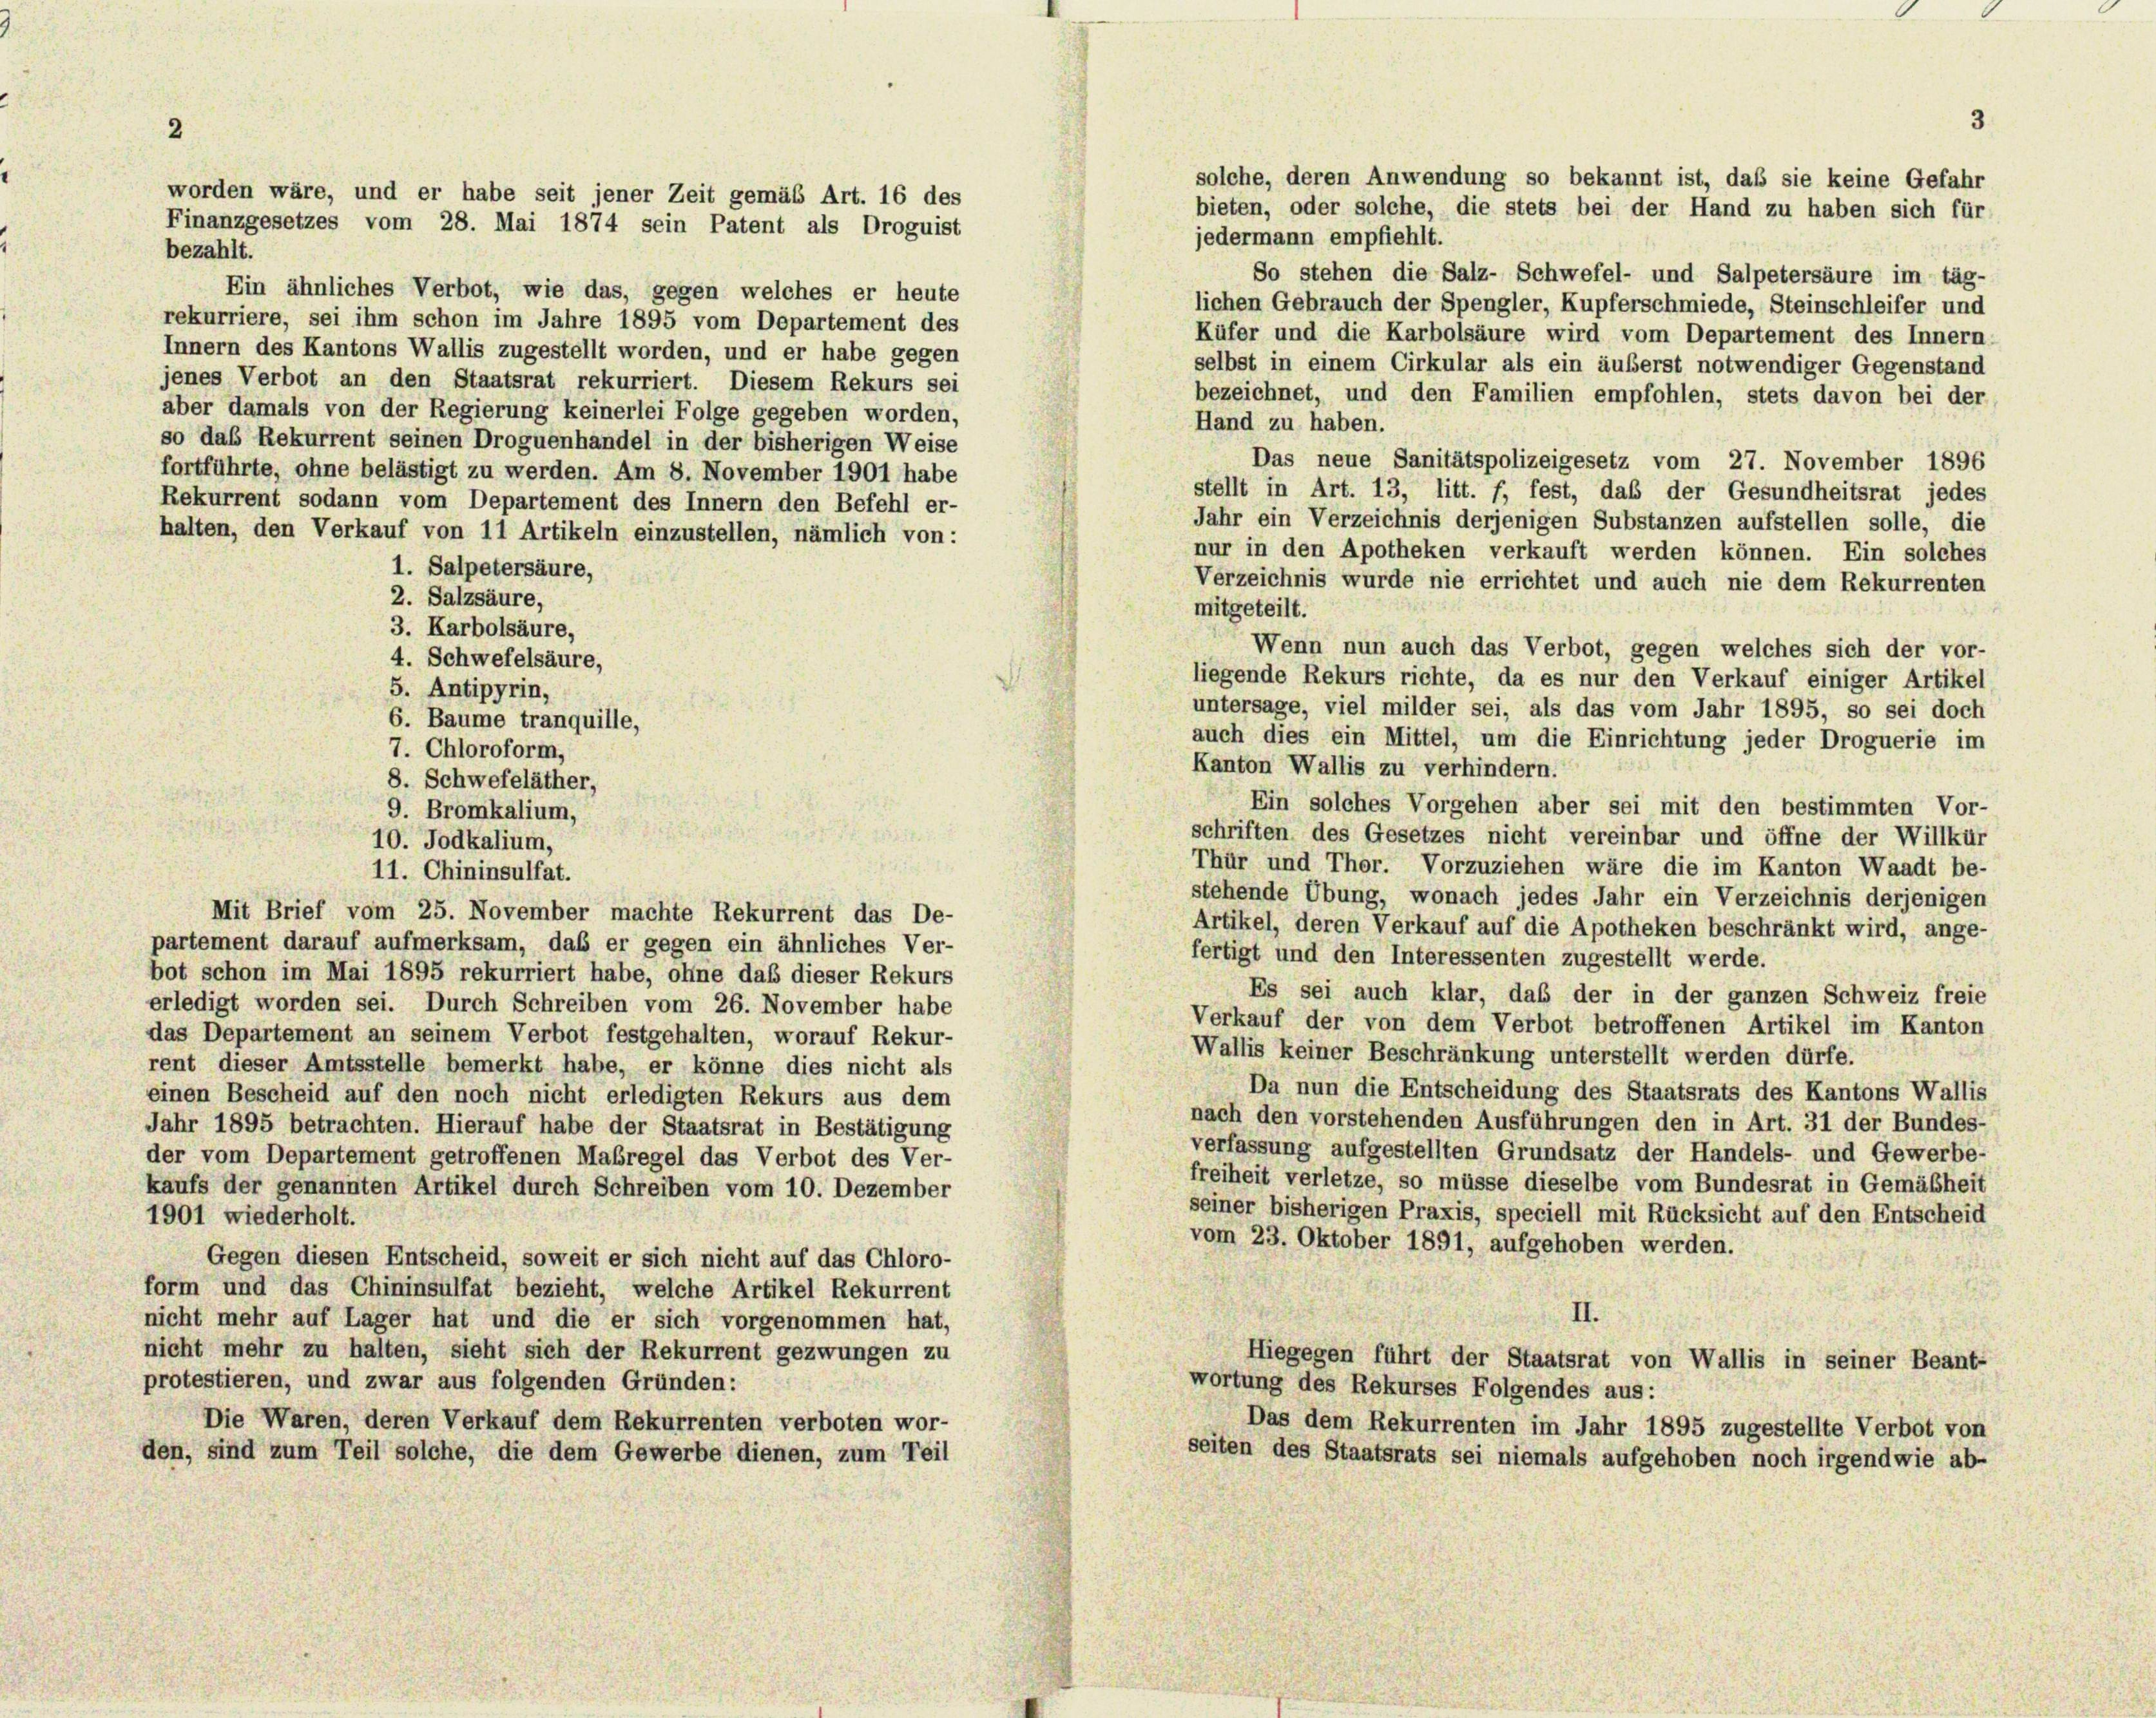
bezahlt.
Ein ähnliches Verbot, wie das, gegen welches er heute
rekurriere, sei ihm schon im Jahre 1895 vom Departement des
Innern des Kantons Wallis zugestellt worden, und er habe gegen
jenes Verbot an den Staatsrat rekurriert. Diesem Rekurs sei
aber damals von der Regierung keinerlei Folge gegeben worden,
so das Rekurrent seinen Droguenhandel in der bisherigen Weise
fortführte, ohne belästigt zu werden. Am 8. November 1901 habe
Rekurrent sodann vom Departement des Innern den Befehl er-
halten, den Verkauf von 11 Artikeln einzustellen, nämlich von:
1. Salpetersäure,
2. Salzsäure,
3. Karbolsäure,
4. Schwefelsäure,
5. Antipyrin,
6. Baume tranquille,
7. Chloroform,
8. Schwefeläther,
9. Bromkalium,
10. Todkalium,
11. Chininsulfat.
Mit Brief vom 25. November machte Rekurrent das De-
partement darauf aufmerksam, daß er gegen ein ähnliches Ver-
bot schon im Mai 1895 rekurriert habe, ohne daß dieser Rekurs
erledigt worden sei. Durch Schreiben vom 26. November habe
das Departement an seinem Verbot festgehalten, worauf Rekur-
rent dieser Amtsstelle bemerkt habe, er könne dies nicht als
einen Bescheid auf den noch nicht erledigten Rekurs aus dem
Jahr 1895 betrachten. Hierauf habe der Staatsrat in Bestätigung
der vom Departement getroffenen Maßregel das Verbot des Ver-
kaufs der genannten Artikel durch Schreiben vom 10. Dezember
1901 wiederholt.
Gegen diesen Entscheid, soweit er sich nicht auf das Chloro-
form und das Chininsülfat bezieht, welche Artikel Rekurrent
nicht mehr auf Lager hat und die er sich vorgenommen hat,
nicht mehr zu halten, sieht sich der Rekurrent gezwungen zu
protestieren, und zwar aus folgenden Gründen:
Die Waren, deren Verkauf dem Rekurrenten verboten wor-
den, sind zum Teil solche, die dem Gewerbe dienen, zum Teil

worden wäre, und er habe seit jener Zeit gemäß Art. 16 des
Finanzgesetzes vom 28. Mai 1874 sein Patent als Droguist

jedermann empfiehlt.
So stehen die Salz- Schwefel- und Salpetersäure im täg-
lichen Gebrauch der Spengler, Kupferschmiede, Steinschleifer und
Küfer und die Karbolsäure wird vom Departement des Innern
selbst in einem Cirkular als ein äußerst notwendiger Gegenstand
bezeichnet, und den Familien empfohlen, stets davon bei der
Hand zu haben.
Das neue Sanitätspolizeigesetz vom 27. November 1896
stellt in Art. 13, litt. f, fest, das der Gesundheitsrat jedes
Jahr ein Verzeichnis derjenigen Substanzen aufstellen solle, die
nur in den Apotheken verkauft werden können. Ein solches
Verzeichnis wurde nie errichtet und auch nie dem Rekurrenten
mitgeteilt.
Wenn nun auch das Verbot, gegen welches sich der vor-
liegende Rekurs richte, da es nur den Verkauf einiger Artikel
untersage, viel milder sei, als das vom Jahr 1895, so sei doch
auch dies ein Mittel, um die Einrichtung jeder Droguerie im
Kanton Wallis zu verhindern.
Ein solches Vorgehen aber sei mit den bestimmten Vor-
schriften des Gesetzes nicht vereinbar und öffne der Willkür
Thür und Thor. Vorzuziehen wäre die im Kanton Waadt be-
stehende Übung, wonach jedes Jahr ein Verzeichnis derjenigen
Artikel, deren Verkauf auf die Apotheken beschränkt wird, ange-
fertigt und den Interessenten zugestellt werde.
Es sei auch klar, daß der in der ganzen Schweiz freie
Verkauf der von dem Verbot betroffenen Artikel im Kanton
Wallis keiner Beschränkung unterstellt werden dürfe.
Da nun die Entscheidung des Staatsrats des Kantons Wallis
nach den vorstehenden Ausführungen den in Art. 31 der Bundes-
verfassung aufgestellten Grundsatz der Handels- und Gewerbe-
freiheit verletze, so müsse dieselbe vom Bundesrat in Gemäßheit
seiner bisherigen Praxis, speciell mit Rücksicht auf den Entscheid
vom 23. Oktober 1891, aufgehoben werden.
II.
Hiegegen führt der Staatsrat von Wallis in seiner Beant-
wortung des Rekurses Folgendes aus:
Das dem Rekurrenten im Jahr 1895 zugestellte Verbot von
seiten des Staatsrats sei niemals aufgehoben noch irgendwie ab-

3
solche, deren Anwendung so bekannt ist, daß sie keine Gefahr
bieten, oder solche, die stets bei der Hand zu haben sich für